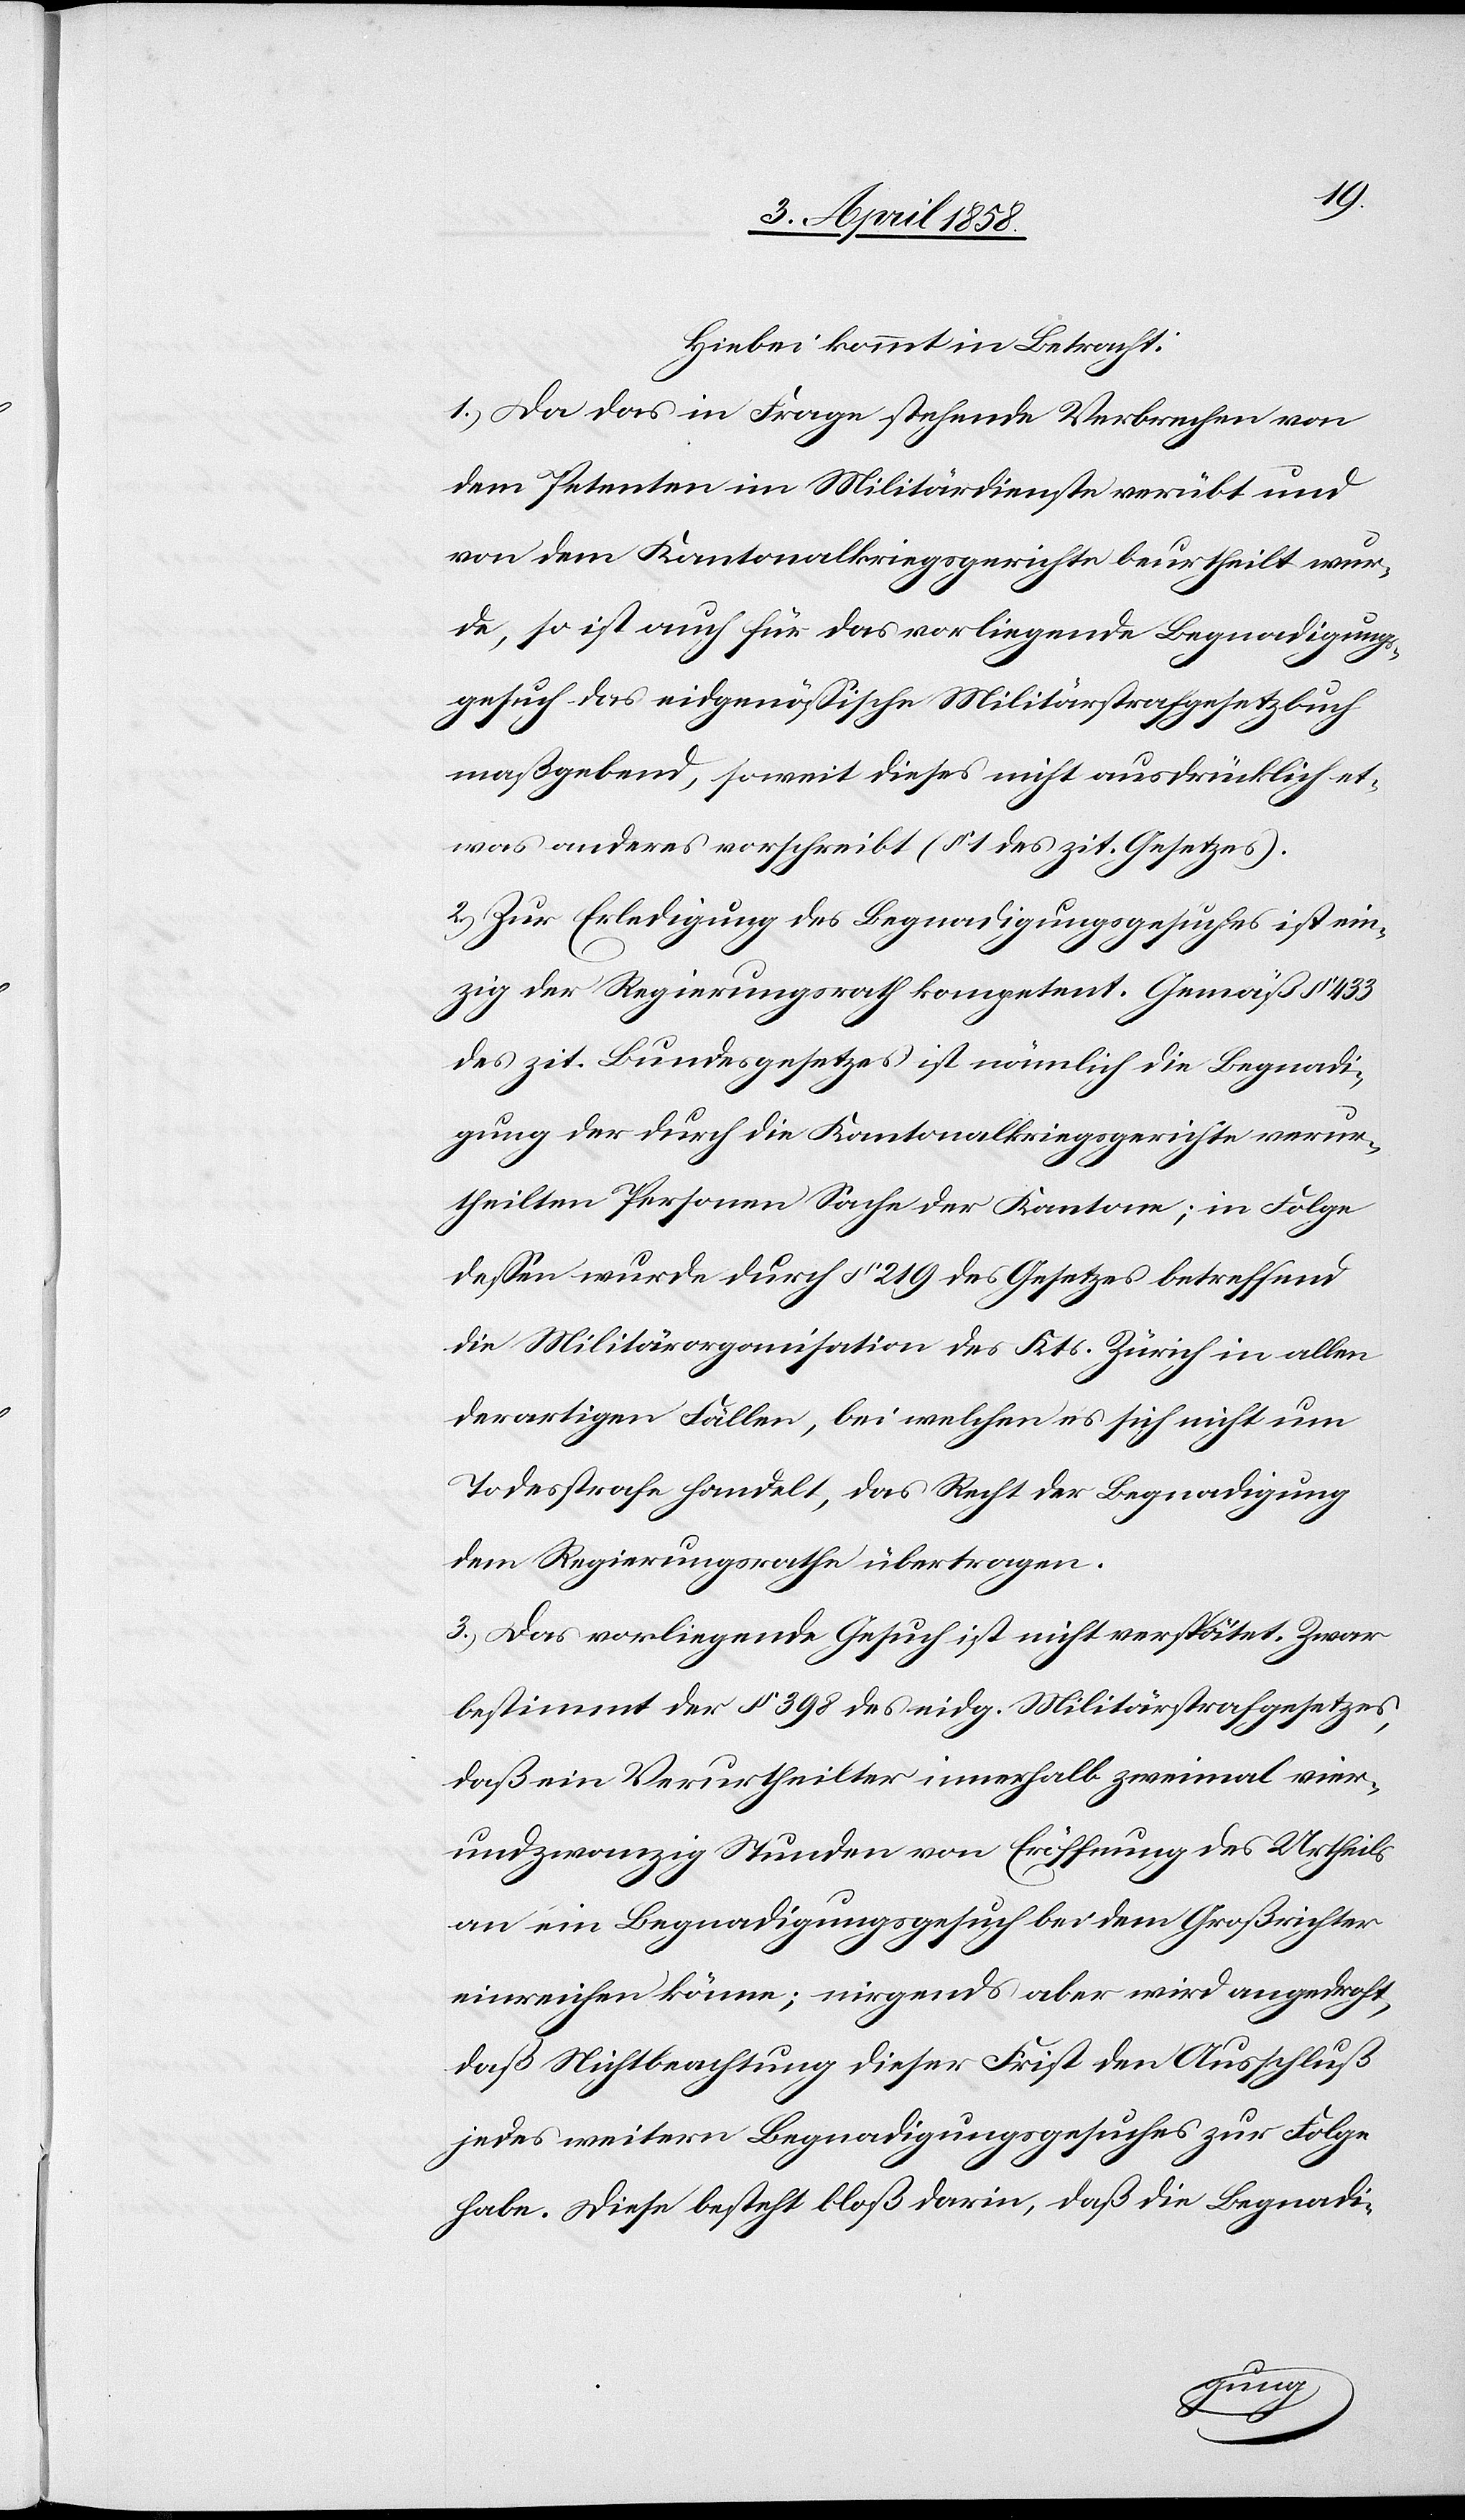
Hiebei kommt in Betracht:
1.) Da das in Frage stehende Verbrechen von
dem Petenten im Militärdienste verübt und
von dem Kantonalkriegsgerichte beurtheilt wur¬
de, so ist auch für das vorliegende Begnadigungs¬
gesuch das eidgenössische Militärstrafgesetzbuch
maßgebend, soweit dieses nicht ausdrücklich et¬
was anderes vorschreibt. (§ 1 des zit. Gesetzes).
2.) Zur Erledigung des Begnadigungsgesuches ist ein¬
zig der Regierungsrath kompetent. Gemäß § 433
des zit. Bundesgesetzes ist nämlich die Begnadi¬
gung der durch die Kantonalkriegsgerichte verur¬
teilten Personen Sache der Kantone; in Folge
dessen wurde durch § 219 des Gesetzes betreffend
die Militärorganisation des Kts. Zürich in allen
derartigen Fällen, bei welchen es sich nicht um
Todesstrafe handelt, das Recht der Begnadigung
dem Regierungsrathe übertragen.
3.) Das vorliegende Gesuch ist nicht verspätet. Zwar
bestimmt der § 398 des eidg. Militärstrafgesetzes,
daß ein Verurtheilter innerhalb zweimal vier¬
undzwanzig Stunden von Eröffnung des Urtheils
an ein Begnadigungsgesuch bei dem Großrichter
einreichen könne; nirgends aber wird angedroht,
daß Nichtbeachtung dieser Frist den Ausschluß
jedes weitern Begnadigungsgesuches zur Folge
habe. Diese besteht bloß darin, daß die Begnadi-